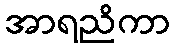
အာရညိကာ